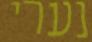
נערי